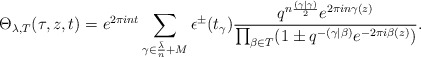
\begin{align*}\Theta_{\lambda, T} (\tau, z, t) = e^{2 \pi int} \sum_{\gamma \in \frac{\bar{\lambda}}{n}+M}^{} \epsilon^\pm (t_\gamma) \frac{q^{n \frac{(\gamma | \gamma)}{2}} e^{2 \pi i n \gamma (z)}}{\prod_{\beta \in T}^{}(1 \pm q^{-(\gamma| \beta)} e^{-2\pi i \beta (z)})}.\end{align*}